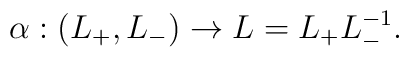
\alpha: (L_{+}, L_{-}) \rightarrow L=L_{+} L_{-}^{-1}.